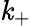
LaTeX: \mathit{k}_{+}